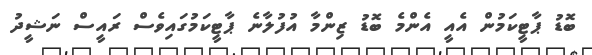
ބޮޑު ޕާޓީކަމުން އެއީ އެންމެ ބޮޑު ޒިންމާ އުފުލާނެ ޕާޓީކަމުގައިވެސް ރައީސް ނަޝީދު